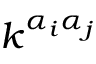
k ^ { \alpha _ { i } \alpha _ { j } }